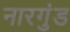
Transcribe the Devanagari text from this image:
नारगुंड